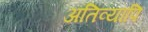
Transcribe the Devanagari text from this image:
अतिव्यापि